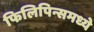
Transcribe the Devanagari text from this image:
फिलिपिन्समध्ये